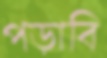
পড়াবি